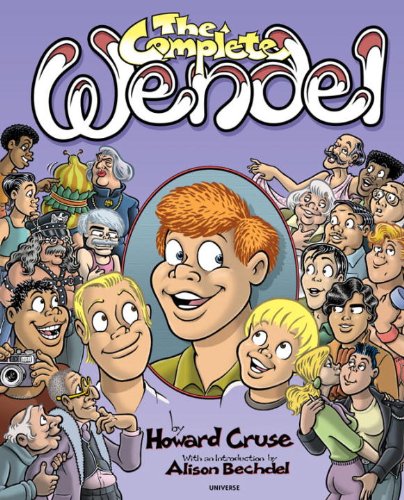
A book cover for The Complete Wendel; Howard Cruse; Comics & Graphic Novels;